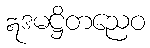
ဣဒမဋ္ဌိတညေဝ